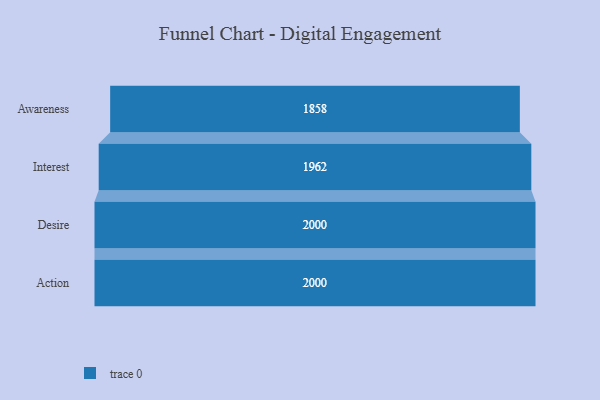
{"axis": {"x": "Stage", "y": "Value"}, "legend": [""], "data": [{"x": "Awareness", "y": 1858.0, "type": ""}, {"x": "Interest", "y": 1962.0, "type": ""}, {"x": "Desire", "y": 2000, "type": ""}, {"x": "Action", "y": 2000, "type": ""}]}